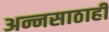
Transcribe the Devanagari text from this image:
अन्नसाठाही